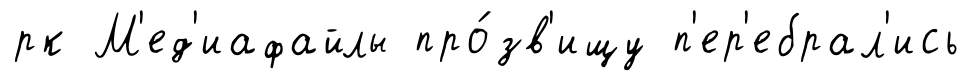
рк М'ед'иафайлы про́зв'ищу п'ер'ебрал'ись